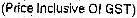
(PRICE INCLUSIVE OF GST)